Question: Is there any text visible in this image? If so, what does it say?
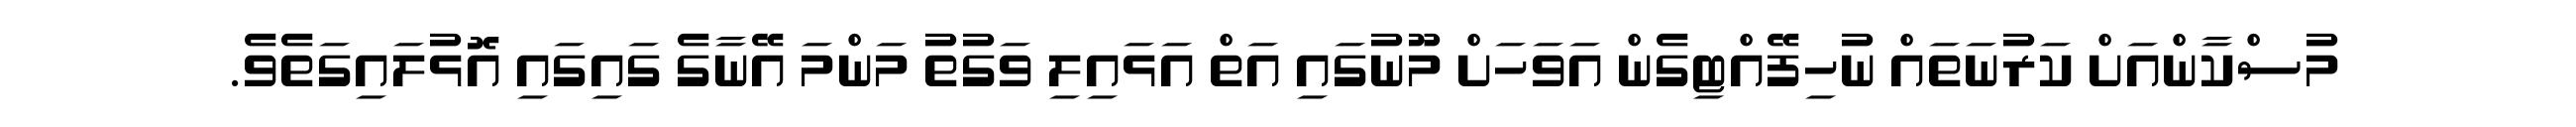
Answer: މުސްކާންއަށް ކަރުނަތައް ނުހިފޭއްޓިގެން އަވަހަށް މޫނުގައި އަތް އަޅައިލި ވަގުތު މަންމަ އޭނާގެ ގައިގައި އޮޅުލައިގަތެވެ.